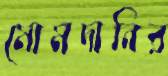
মোমদানির